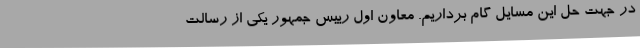
در جهت حل این مسایل گام برداریم. معاون اول رییس جمهور یکی از رسالت